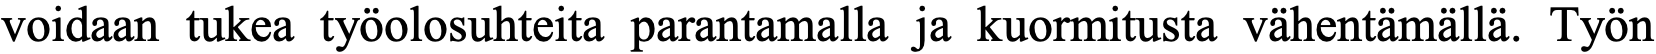
voidaan tukea työolosuhteita parantamalla ja kuormitusta vähentämällä. Työn